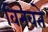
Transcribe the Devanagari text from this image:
विनवते